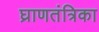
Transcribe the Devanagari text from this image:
घ्राणतंत्रिका